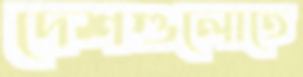
দেশগুলোতে